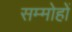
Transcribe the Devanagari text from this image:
सम्मोहों